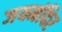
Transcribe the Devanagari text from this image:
जयमंदिर